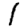
Digit: 1